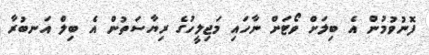
ފޮނުވުމުން އެ ބިލަށް ވޯޓަށް ނާހައި މަޖިލީހުގެ ރިޔާސަތުން އެ ބިލް އަނބުރާ